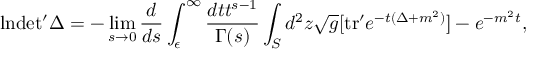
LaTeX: \mathrm { l n } \mathrm { d e t ^ { \prime } } \Delta = - \operatorname * { l i m } _ { s \to 0 } { \frac { d } { d s } } \int _ { \epsilon } ^ { \infty } { \frac { d t t ^ { s - 1 } } { \Gamma ( s ) } } \int _ { S } d ^ { 2 } z { \sqrt { g } } [ \mathrm { t r ^ { \prime } } e ^ { - t ( \Delta + m ^ { 2 } ) } ] - e ^ { - m ^ { 2 } t } ,